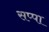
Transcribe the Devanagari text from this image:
सप्पा